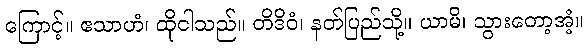
ကြောင့်။ ဧသာဟံ၊ ထိုငါသည်။ တိဒိဝံ၊ နတ်ပြည်သို့။ ယာမိ၊ သွားတော့အံ့။